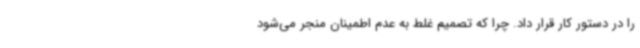
را در دستور کار قرار داد. چرا که تصمیم غلط به عدم اطمینان منجر می‌شود